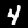
Digit: 4